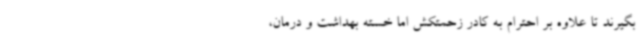
بگیرند تا علاوه بر احترام به کادر زحمتکش اما خسته بهداشت و درمان،